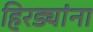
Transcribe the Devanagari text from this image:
हिरड्यांना